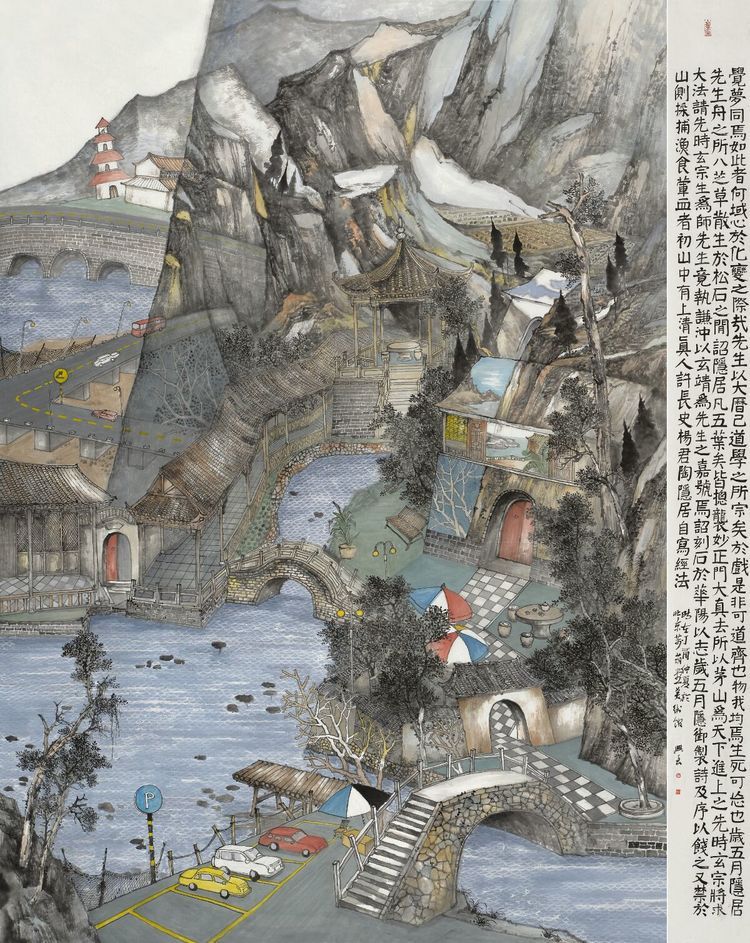
马嘶人散后，秋风换故园梦里。